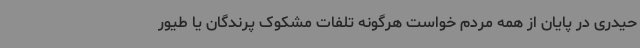
حیدری در پایان از همه مردم خواست هرگونه تلفات مشکوک پرندگان یا طیور